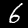
Label: 6